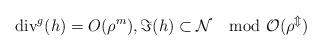
LaTeX: \begin{align*}\mathrm{div}^g (h)=O(\rho^m),\Im(h)\subset \cal N \mod O(\rho^m)\end{align*}